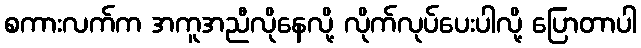
စကားလက်က အကူအညီလိုနေလို့ လိုက်လုပ်ပေးပါလို့ ပြောတာပါ